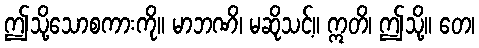
ဤသို့သောစကားကို။ မာဘဏိ၊ မဆိုသင့်။ ဣတိ၊ ဤသို့။ တေ၊